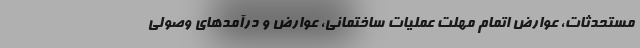
مستحدثات، عوارض اتمام مهلت عملیات ساختمانی، عوارض و درآمدهای وصولی